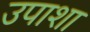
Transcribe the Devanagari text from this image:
उपाशा